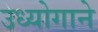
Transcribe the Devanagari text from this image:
उध्योगाने